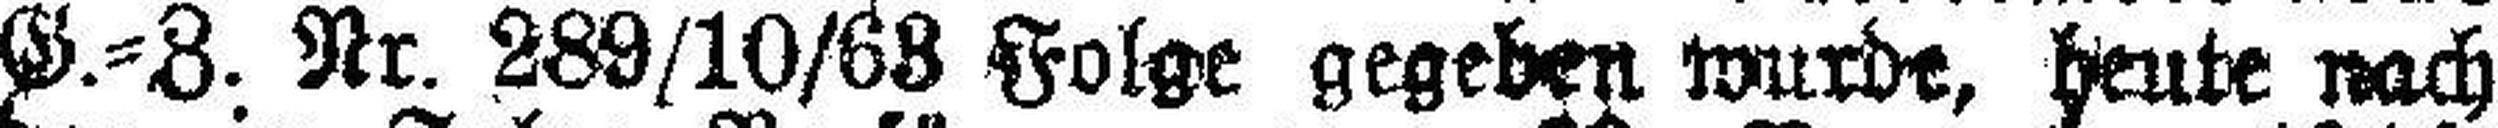
G.=Z. Nr. 289/10/68 Folge gegeben wurde, heute nach